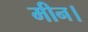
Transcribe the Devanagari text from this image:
मीन।